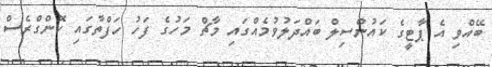
ބޭއްވި އެ ޕާޓީގެ ކައުންސިލް ބައްދަލުވުމެއްގައި މާޗް މަހުގެ ފަހު ހަފްތާގައި ކޮންގްރެސް